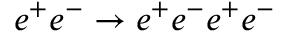
e ^ { + } e ^ { - } \rightarrow e ^ { + } e ^ { - } e ^ { + } e ^ { - }